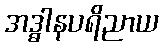
အဒ္ဓါနပရိညာယ